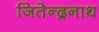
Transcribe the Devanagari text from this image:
जितेन्द्रनाथ